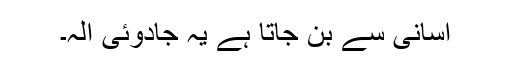
آسانی سے بن جاتا ہے یہ جادوئی آلہ۔